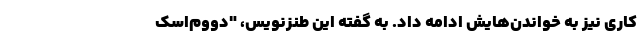
کاری نیز به خواندن‌هایش ادامه داد. به گفته این طنزنویس، "دووم‌اسک